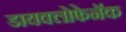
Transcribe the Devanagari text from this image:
डायक्लोफेनॅक